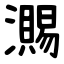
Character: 瀃